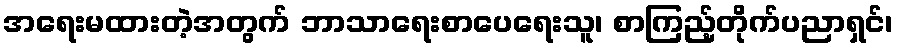
အရေးမထားတဲ့အတွက် ဘာသာရေးစာပေရေးသူ၊ စာကြည့်တိုက်ပညာရှင်၊